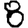
Digit: 8